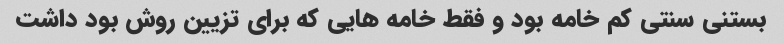
بستنی سنتی کم خامه بود و فقط خامه هایی که برای تزیین روش بود داشت